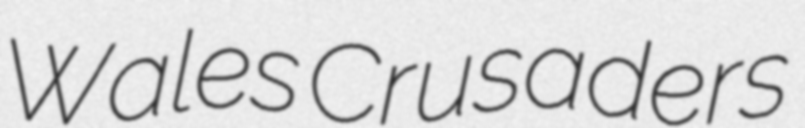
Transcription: Wales Crusaders